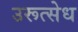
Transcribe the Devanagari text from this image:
उरूत्सेध